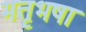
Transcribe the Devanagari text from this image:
मतृभषा